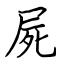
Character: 屍